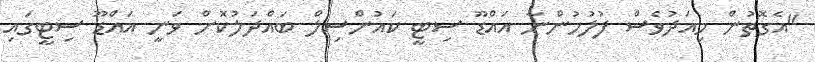
"އެގޮތުން މިއަދުވެސް ފުލުހުންނާ އައްޑޫ ސިޓީ ކައުންސިލް ބައްދަލުކޮށް ވަނީ އައްޑޫ ސިޓީގައި